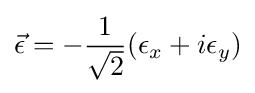
{\vec {\epsilon }}=-{\frac {1}{\sqrt {2}}}(\epsilon _{x}+i\epsilon _{y})